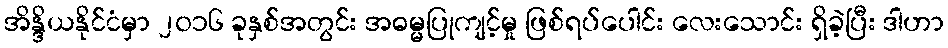
အိန္ဒိယနိုင်ငံမှာ ၂၀၁၆ ခုနှစ်အတွင်း အဓမ္မပြုကျင့်မှု ဖြစ်ရပ်ပေါင်း လေးသောင်း ရှိခဲ့ပြီး ဒါဟာ